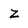
Character: z